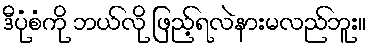
ဒီပုံစံကို ဘယ်လို ဖြည့်ရလဲနားမလည်ဘူး။